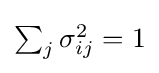
{\textstyle \sum _{j}\sigma _{ij}^{2}=1}